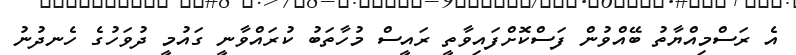
އެ ރަސްމިއްޔާތު ބޭއްވުން ފަސްކޮށްފައިވާތީ ރައީސް މުހާތަބު ކުރައްވާނީ ގައުމީ ދުވަހުގެ ހެނދުނު